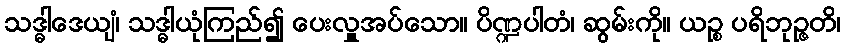
သဒ္ဓါဒေယျံ၊ သဒ္ဓါယုံကြည်၍ ပေးလှူအပ်သော။ ပိဏ္ဍပါတံ၊ ဆွမ်းကို။ ယဉ္စ ပရိဘုဉ္ဇတိ၊